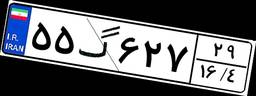
۵۵گ۶۲۷۲۹